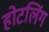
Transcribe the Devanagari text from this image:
होटलिंग